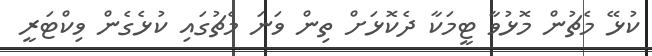
ކުޅޭ މެޗުން މޮޅުވާ ޓީމަކާ ދެކޮޅަށް ތިން ވަނަ މެޗުގައި ކުޅެގެން ވިކްޓަރީ